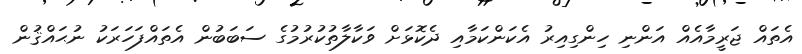
އެތައް ޖަރީމާއެއް އަންނި ހިންގިއިރު އެކަންކަމާއި ދެކޮޅަށް ވަކާލާތުކުރުމުގެ ސަބަބުން އެތައްފަހަރަކު ނުޙައްޤުން